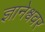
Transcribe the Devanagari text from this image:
ज्ञानेश्ववर